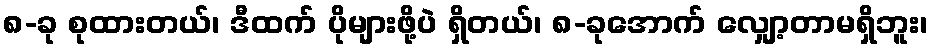
၈-ခု စုထားတယ်၊ ဒီထက် ပိုများဖို့ပဲ ရှိတယ်၊ ၈-ခုအောက် လျှော့တာမရှိဘူး၊